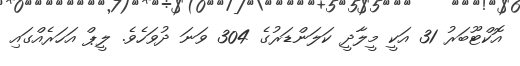
އޮކްޓޫބަރު 31 އަކީ މީލާދީ ކަލަންޑަރުގެ 304 ވަނަ ދުވަހެވެ. ލީޕް އަހަރެއްގައި